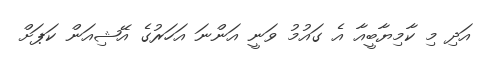
އަދި މި ކާމިޔާބީއާ އެ ގައުމު ވަނީ އަންނަ އަހަރުގެ އޭޝިއަން ކަޕަށް